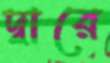
দ্বারে